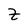
Character: Z